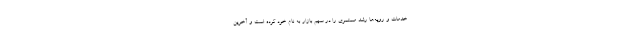
خدمات و رویه‌ها رشد مستمری را در سهم بازار به نام خود کرده است و آخرین